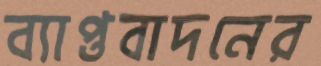
ব্যাপ্তবাদনের